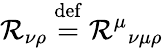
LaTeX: \mathcal{R}_{\nu\rho}\ {\stackrel{\mathrm{{def}}}{=}}\ {\mathcal{R}^{\mu}}_{\nu\mu\rho}